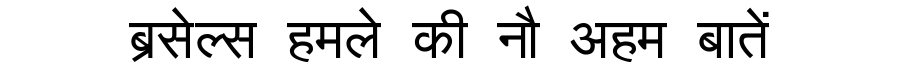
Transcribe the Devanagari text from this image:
ब्रसेल्स हमले की नौ अहम बातें